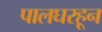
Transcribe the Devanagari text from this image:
पालघरहून